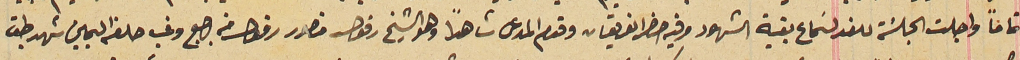
تماماً واجلت الجلسَة للغد لسَماع بقية الشهود وفيه حضر الفريقان وقدم المدعى شاهداً وهو الشيخ رفول منصور رفول من اجبج وفي حلفه اليمين شهد طبق